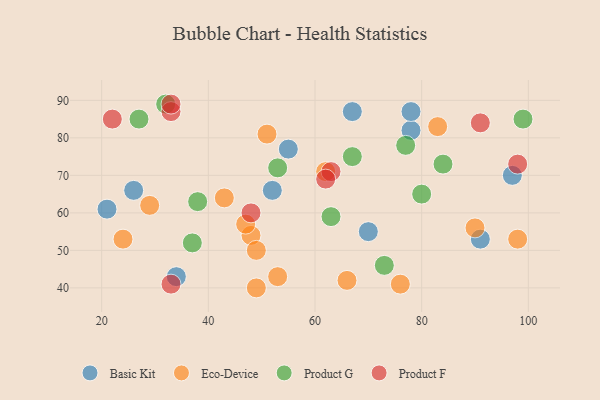
{"axis": {"x": "GDP", "y": "Life Expectancy"}, "legend": ["Basic Kit", "Eco-Device", "Product F", "Product G"], "data": [{"x": "97", "y": 70, "type": "Basic Kit"}, {"x": "34", "y": 43, "type": "Basic Kit"}, {"x": "91", "y": 53, "type": "Basic Kit"}, {"x": "78", "y": 82, "type": "Basic Kit"}, {"x": "70", "y": 55, "type": "Basic Kit"}, {"x": "26", "y": 66, "type": "Basic Kit"}, {"x": "55", "y": 77, "type": "Basic Kit"}, {"x": "21", "y": 61, "type": "Basic Kit"}, {"x": "67", "y": 87, "type": "Basic Kit"}, {"x": "52", "y": 66, "type": "Basic Kit"}, {"x": "78", "y": 87, "type": "Basic Kit"}, {"x": "90", "y": 56, "type": "Eco-Device"}, {"x": "48", "y": 54, "type": "Eco-Device"}, {"x": "43", "y": 64, "type": "Eco-Device"}, {"x": "83", "y": 83, "type": "Eco-Device"}, {"x": "51", "y": 81, "type": "Eco-Device"}, {"x": "29", "y": 62, "type": "Eco-Device"}, {"x": "47", "y": 57, "type": "Eco-Device"}, {"x": "49", "y": 50, "type": "Eco-Device"}, {"x": "66", "y": 42, "type": "Eco-Device"}, {"x": "49", "y": 40, "type": "Eco-Device"}, {"x": "24", "y": 53, "type": "Eco-Device"}, {"x": "98", "y": 53, "type": "Eco-Device"}, {"x": "53", "y": 43, "type": "Eco-Device"}, {"x": "62", "y": 71, "type": "Eco-Device"}, {"x": "76", "y": 41, "type": "Eco-Device"}, {"x": "37", "y": 52, "type": "Product G"}, {"x": "67", "y": 75, "type": "Product G"}, {"x": "99", "y": 85, "type": "Product G"}, {"x": "53", "y": 72, "type": "Product G"}, {"x": "32", "y": 89, "type": "Product G"}, {"x": "84", "y": 73, "type": "Product G"}, {"x": "80", "y": 65, "type": "Product G"}, {"x": "27", "y": 85, "type": "Product G"}, {"x": "63", "y": 59, "type": "Product G"}, {"x": "38", "y": 63, "type": "Product G"}, {"x": "77", "y": 78, "type": "Product G"}, {"x": "73", "y": 46, "type": "Product G"}, {"x": "33", "y": 87, "type": "Product F"}, {"x": "91", "y": 84, "type": "Product F"}, {"x": "63", "y": 71, "type": "Product F"}, {"x": "22", "y": 85, "type": "Product F"}, {"x": "98", "y": 73, "type": "Product F"}, {"x": "33", "y": 41, "type": "Product F"}, {"x": "48", "y": 60, "type": "Product F"}, {"x": "33", "y": 89, "type": "Product F"}, {"x": "62", "y": 69, "type": "Product F"}]}